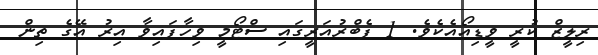
ރިލީޒް ކުރީ ވީޑިއޯއެކެވެ. 1 ފެބްރުއަރީގައި ސްޓޯމީ ވިހާފައިވާ އިރު އޭގެ ތިން